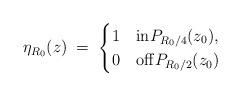
LaTeX: \begin{align*}\eta_{R_0} (z) \; = \;\begin{cases}1 & \mathrm{in} P_{R_0/4} (z_0),\\0 & \mathrm{off} P_{R_0/2} (z_0)\end{cases}\end{align*}